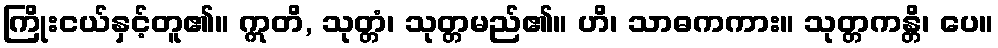
ကြိုးငယ်နှင့်တူ၏။ ဣတိ, သုတ္တံ၊ သုတ္တမည်၏။ ဟိ၊ သာဓကကား။ သုတ္တကန္တိ၊ ပေ။